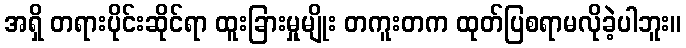
အရှိ တရားပိုင်းဆိုင်ရာ ထူးခြားမှုမျိုး တကူးတက ထုတ်ပြစရာမလိုခဲ့ပါဘူး။